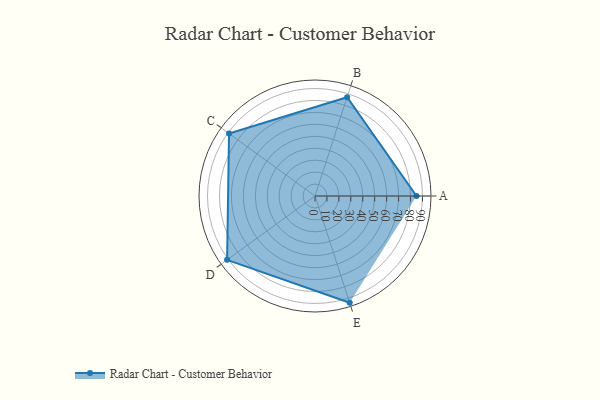
{"axis": {"x": "Skill", "y": "Score"}, "legend": ["Profile"], "data": [{"x": "A", "y": 85.0, "type": "Profile"}, {"x": "B", "y": 87.0, "type": "Profile"}, {"x": "C", "y": 89.0, "type": "Profile"}, {"x": "D", "y": 91.0, "type": "Profile"}, {"x": "E", "y": 94.0, "type": "Profile"}]}